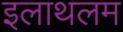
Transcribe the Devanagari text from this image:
इलाथलम